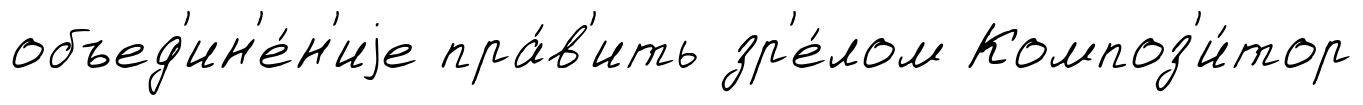
объед'ин'е́н'иjе пра́в'ить зр'е́лом Композ'и́тор